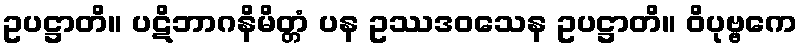
ဥပဋ္ဌာတိ။ ပဋိဘာဂနိမိတ္တံ ပန ဥဿဒဝသေန ဥပဋ္ဌာတိ။ ဝိပုဗ္ဗကေ